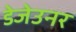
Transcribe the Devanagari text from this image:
डेजेउनर